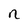
Character: n